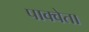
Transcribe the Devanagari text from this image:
पाक्वेता